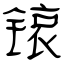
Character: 锿